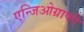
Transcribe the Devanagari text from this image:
एन्जिओग्राफी